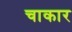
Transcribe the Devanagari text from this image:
चाकार